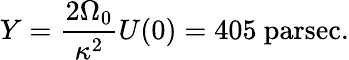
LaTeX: Y={\frac{2\Omega_{0}}{\kappa^{2}}}U(0)=405{\mathrm{~parsec}}.